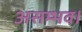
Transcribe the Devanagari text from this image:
असम्भव।